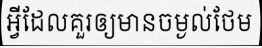
អ្វីដែលគួរឲ្យមានចម្ងល់ថែម